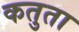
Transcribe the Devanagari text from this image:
कतुता